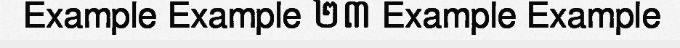
Example Example ២៣ Example Example